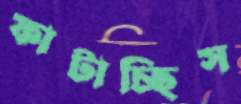
ফাটাচ্ছিস